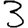
Digit: 3